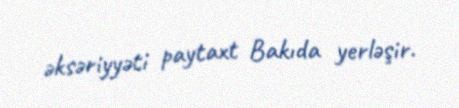
əksəriyyəti paytaxt Bakıda yerləşir.